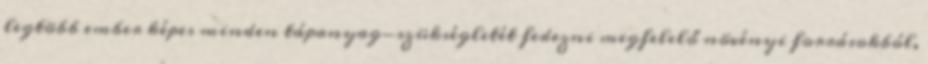
legtöbb ember képes minden tápanyag-szükségletét fedezni megfelelő növényi forrásokból,